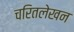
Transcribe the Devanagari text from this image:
चरितलेखन